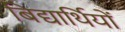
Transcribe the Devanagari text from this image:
बिद्यार्थियों